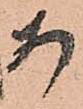
安